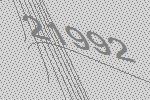
21992